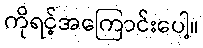
ကိုရင့်အကြောင်းပေါ့။